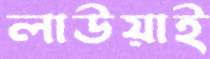
লাউয়াই